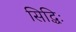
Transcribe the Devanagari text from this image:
सिद्धिः